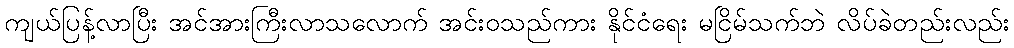
ကျယ်ပြန့်လာပြီး အင်အားကြီးလာသလောက် အင်းဝသည်ကား နိုင်ငံရေး မငြိမ်သက်ဘဲ လိပ်ခဲတည်းလည်း